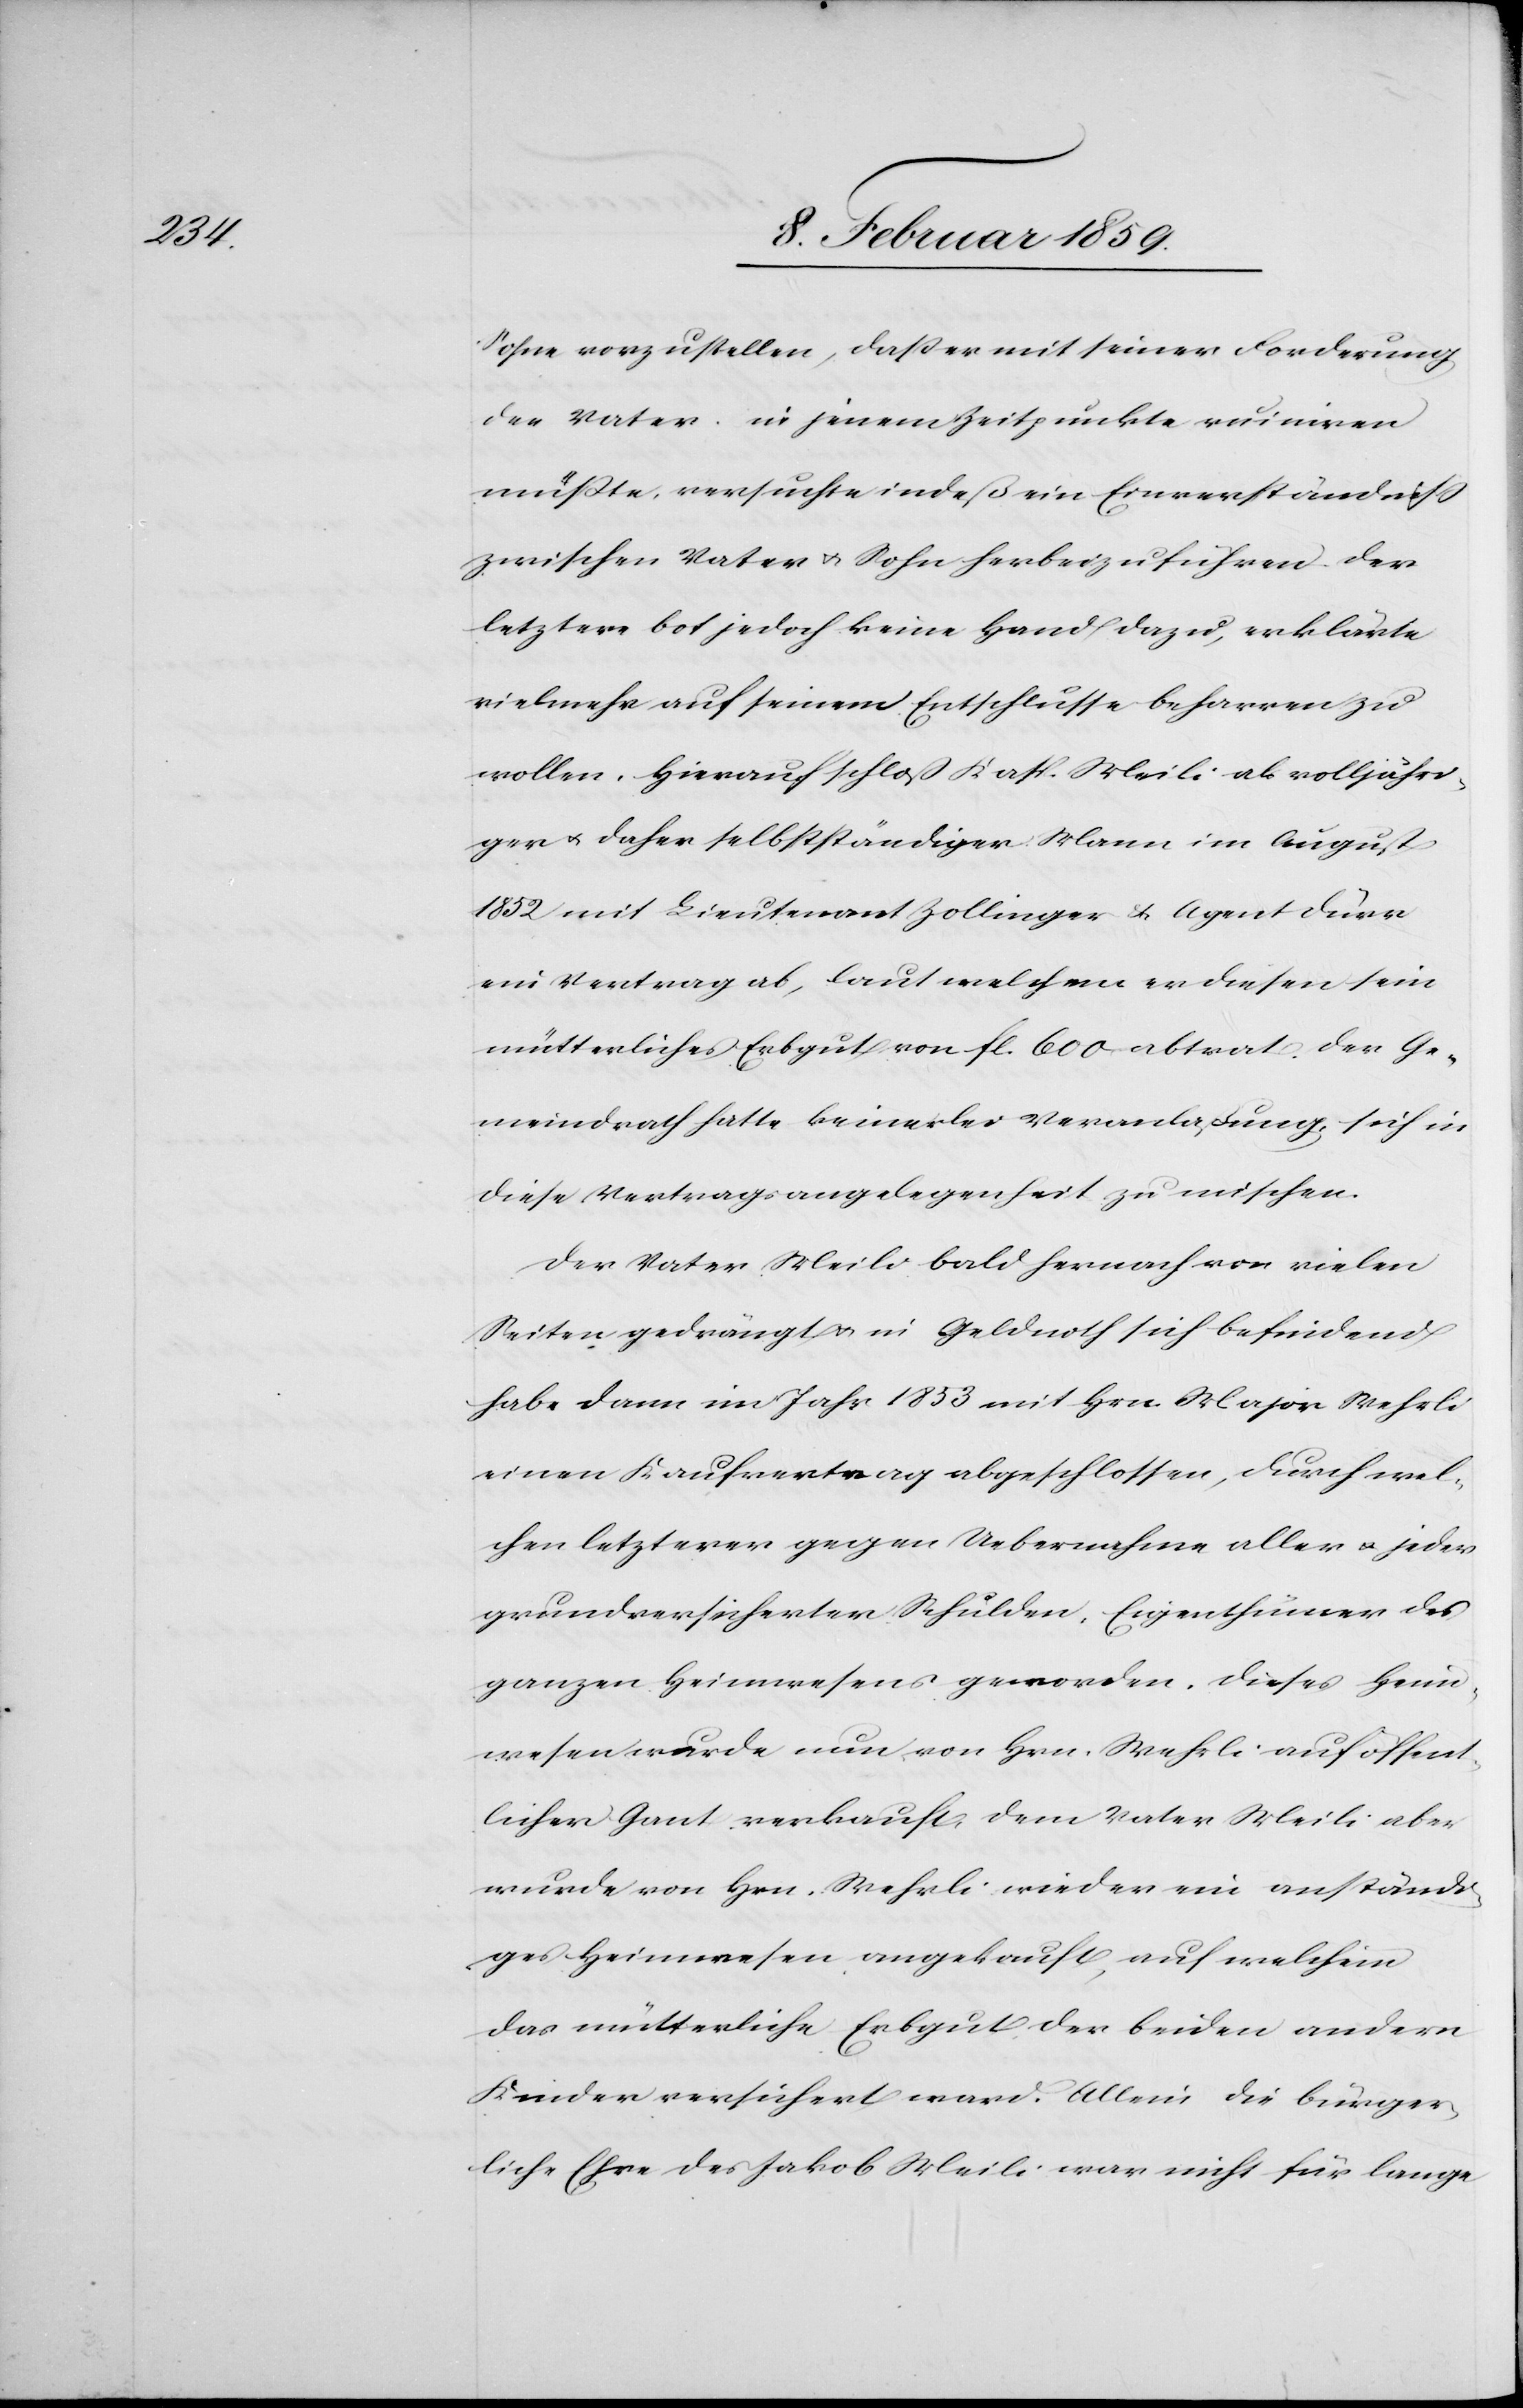
Sohne vorzustellen, daß er mit seiner Forderung
den Vater in jenem Zeitpunkte ruiniren
müßte, versuchte indeß ein Einverständniß
zwischen Vater u. Sohn herbeizuführen. Der
letztere bot jedoch keine Hand dazu, erklärte
vielmehr auf seinem Entschlusse beharren zu
wollen. Hierauf schloß Kasp. Meili als volljähri¬
ger u. daher selbstständiger Mann im August
1852 mit Lieutenant Zollinger & Agent Dürr
ein Vertrag ab, laut welchem er diesen sein
mütterliches Erbgut von fl. 600 abtrat. Der Ge¬
meindrath hatte keinerlei Veranlaßung, sich in
diese Vertragsangelegenheit zu mischen.
Der Vater Meili bald hernach von vielen
Seiten gedrängt u. in Geldnoth sich befindend
habe dann im Jahr 1853 mit Hrn. Major Wehrli
einen Kaufvertrag abgeschlossen, durch wel¬
chen letzterer gegen Uebernahme aller u. jeder
grundversicherter Schulden, Eigenthümer des
ganzen Heimwesens geworden. Dieses Heim¬
wesen wurde nun von Hrn. Wehrli auf öffent¬
licher Gant verkauft, dem Vater Meili aber
wurde von Hrn. Wehrli wieder ein anständi¬
ges Heimwesen angekauft, auf welchem
das mütterliche Erbgut der beiden andern
Kinder versichert ward. Allein die bürger¬
liche Ehre des Jakob Meili war nicht für lange